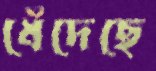
ধেঁদেছে